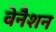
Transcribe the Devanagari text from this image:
वेनैशन